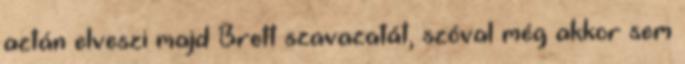
aztán elveszi majd Brett szavazatát, szóval még akkor sem